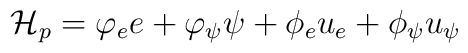
\mathcal{H}_p = \varphi_e e + \varphi_\psi \psi + \phi_eu_e + \phi_\psi u_\psi